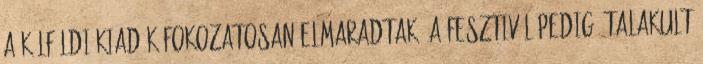
A külföldi kiadók fokozatosan elmaradtak, a fesztivál pedig átalakult